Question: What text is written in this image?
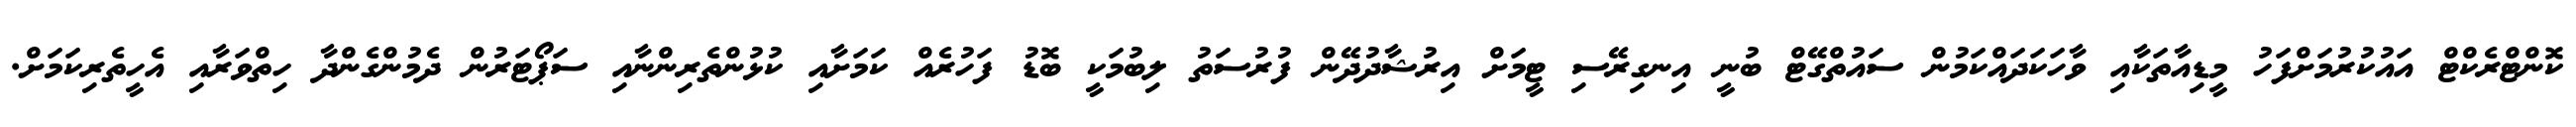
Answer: ކޮންޓްރެކްޓް އައުކުރުމަށްފަހު މީޑިއާތަކާއި ވާހަކަދައްކަމުން ސައުތްގޭޓް ބުނީ އިނގިރޭސި ޓީމަށް އިރުޝާދުދޭން ފުރުސަތު ލިބުމަކީ ބޮޑު ފަހުރެއް ކަމަށާއި ކުޅުންތެރިންނާއި ސަޕޯޓަރުން ދެމުންގެންދާ ހިތްވަރާއި އެހީތެރިކަމަށް.